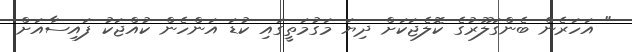
" އަހަރެން ބެންގަލޫރުގެ ކޮލެޖަކަށް ދިޔަ މަގުމަތީގައި ކުޑަ އަންހެން ކުއްޖަކު ފައިސާއަށް